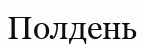
Полдень